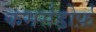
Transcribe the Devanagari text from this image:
कमर्सडोर्फ़